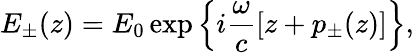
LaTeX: E_{\pm}(z)=E_{0}\exp\left\lbrace i\frac{\omega}{c}\left[z+p_{\pm}(z)\right]\right\rbrace,